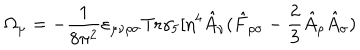
\Omega _ { \mu } = - \frac { 1 } { 8 \pi ^ { 2 } } \varepsilon _ { \mu \nu \rho \sigma } \mathrm { T r } \gamma _ { 5 } [ \eta ^ { 4 } \hat { A } _ { \nu } ( \hat { F } _ { \rho \sigma } - \frac { 2 } { 3 } \hat { A } _ { \rho } \hat { A } _ { \sigma } )